Vaccination North-Western Provinces 1866-1877 - 1866-1877
Year: 1866
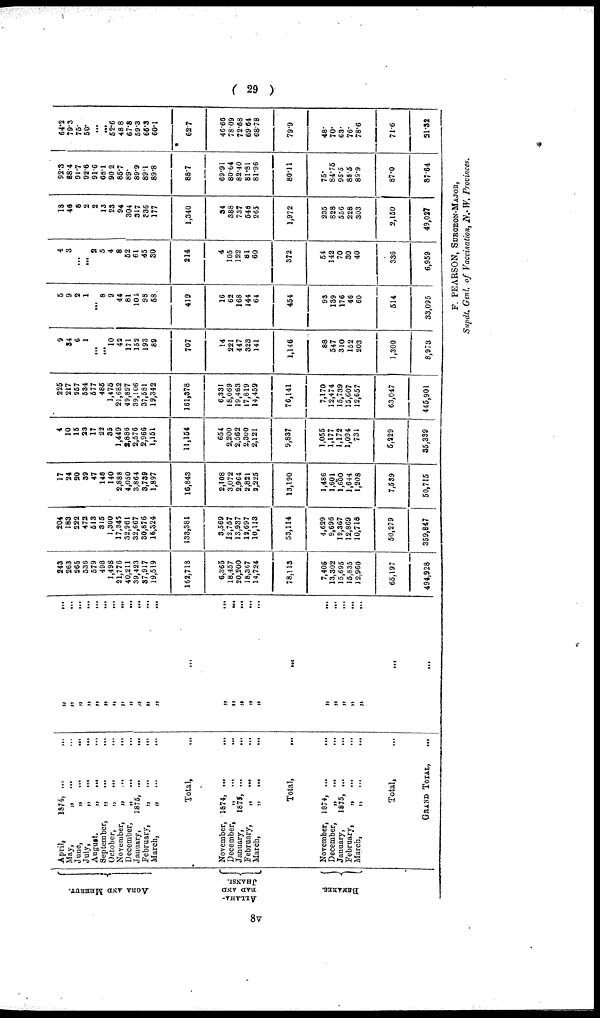
( 29 )
AGRA AND MEERUT.
ALLAHA
BAD AND
JHANSI.
BEMAREC.
April,
1874, ... ...
May,
„
...
...
June,
„
...
...
July,
„
...
...
August.
„
...
...
September,
„
...
...
October,
„
...
...
November,
„
...
...
December,
„
...
...
January,
1875, ...
...
February,
„
...
...
March,
„
...
...
Total,
...
November, 1874, ...
December,
„
...
...
January,
1875
...
...
February,
„
...
...
March,
„
...
...
Total,
...
November, 1874, ... ...
December,
„
...
...
January,
1875,
...
...
February,
„
...
...
March,
„
...
...
Total,
...
GRAND TOTAL,
...
„ ...
„ ...
„ ...
„ ...
„ ...
„ ...
„ ...
„ ...
„ ...
„ ...
„ ...
„ ...
...
„ ...
„ ...
„ ...
„ ...
„ ...
...
„ ...
„ ...
„ ...
„ ...
„
...
...
...
243
263
265
536
579
498
1,498
21,776
40,211
39,423
87,917
19,519
162,718
6,365
18,457
20,200
18,367
14,724
78,113
7,405
13,302
15,695
15,835
12,960
65,197
494,928
204
183
222
472
513
315
1,300
17,345
32,961
32,667
30,876
16,324
133,381
3,569
12,757
13,937
12,697
10,113
53,114
4,629
9,696
12,367
12,869
10,718
50,279
359,847
17
24
20
39
47
148
140
2,888
4,050
3,864
3,739
1,897
16,843
2,108
3,072
2,964
2,821
3,225
13,190
1,486
1,601
l,600
1,644
1,208
7,539
50,715
4
10
15
23
17
22
35
1,449
2,886
2,576
2,966
1,151
11,154
654
2,200
2,562
2,300
2,121
9,837
1,055
1,177
1,172
1,094
731
5,229
35,339
225
217
957
534
577
485
1,475
21,682
49,897
39,106
37,581
19,342
161,378
6,331
18,069
19,463
17,819
14,459
76,141
7,170
12,474
15,739
15,607
12,657
63,047
445,901
9
34
6
1
... ...
10
42
171
152
193
89
707
14
221
447
323
141
1,146
88
547
310
152
203
1,300
8,973
5
9
2
1
...
8
9
44
81
101
98
58
419
16
62
168
144
64
454
93
139
176
46
60
514
33,095
4
3
...
...
2
5
4
8
52
61
45
30
214
4
105
122
81
60
372
54
142
70
30
40
336
6,959
18
46
8
2
2
13
23
94
304
317
336
177
1,340
34
388
737
548
265
1,972
235
828
556
228
303
2,150
49,027
92.3
88.4
91.7
92.6
91.6
68.1
90.2
85.7
89.
89.9
89.1
89.8
88.7
69.91
80.64
82.40
81.81
81.96
80.11
75.
84.75
95.5
88.5
89.9
87.0
87.64
64.2
79.3
75.
58.
...
...
52.6
48.8
67.8
59.3
66.3
60.1
62.7
46.66
78.09
72.68
69.64
68.78
79.9
48.
70.
63.
76.
78.6
71.6
21.32
F. PEARSON, SURGEON-MAJOR,
Supdt. Genl. of Vaccination, N.-W. Provinces.
8v